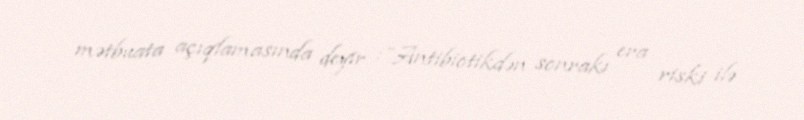
mətbuata açıqlamasında deyir :”Antibiotikdən sonrakı era riski ilə